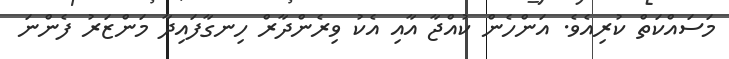
މަސައްކަތް ކުރިއެވެ. އަންހެން ކުއްޖާ އާއި އެކު ވިރެންދާރް ހިނގާފައިދާ މަންޒަރު ފެންނަ